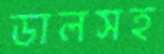
ডালসহ